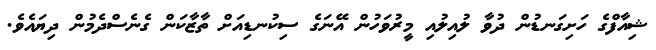
ޝިއާފްގެ ހަށިގަނޑުން ދުވާ ލުއިލުއި މީރުވަހުން އޭނަގެ ސިކުނޑިއަށް ތާޒާކަން ގެނެސްދެމުން ދިޔައެވެ.